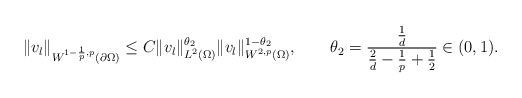
\begin{align*}\|v_{l}\|_{W^{1-\frac{1}{p},p}(\partial\Omega)} \le C\|v_{l}\|_{L^{2}(\Omega)}^{\theta_{2}}\|v_{l}\|_{W^{2,p}(\Omega)}^{1-\theta_{2}},\qquad\theta_{2}=\frac{\frac{1}{d}}{\frac{2}{d}-\frac{1}{p}+\frac{1}{2}}\in(0,1).\end{align*}